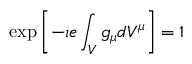
\exp \left[ - \imath e \int _ { V } g _ { \mu } d V ^ { \mu } \right] = 1